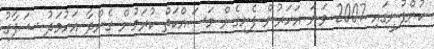
ކުންފުނީގައި 2007 ވަނަ އަހަރުން ފެށިގެން މަސައްކަތް ކުރަމުން ގެންދާ އަހުމަދު ޝަފާގު